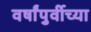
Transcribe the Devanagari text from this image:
वर्षांपुर्वीच्या